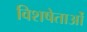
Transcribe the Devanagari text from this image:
विशषेताओं